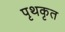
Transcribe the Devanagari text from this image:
पृथकृत